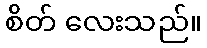
စိတ် လေးသည်။